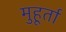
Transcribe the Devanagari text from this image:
मुहूर्ता